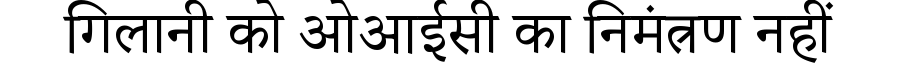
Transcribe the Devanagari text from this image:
गिलानी को ओआईसी का निमंत्रण नहीं